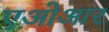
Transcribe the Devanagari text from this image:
एओआर